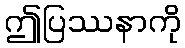
ဤပြဿနာကို